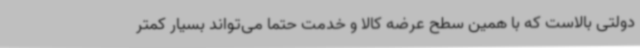
دولتی بالاست که با همین سطح عرضه کالا و خدمت حتما می‌تواند بسیار کمتر